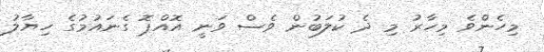
މިހެންވެ މިހާރު މި ދެ ކުލަބުން ވެސް ވަނީ އޮއްޕޮ ގެނައުމުގެ ހިޔާލު